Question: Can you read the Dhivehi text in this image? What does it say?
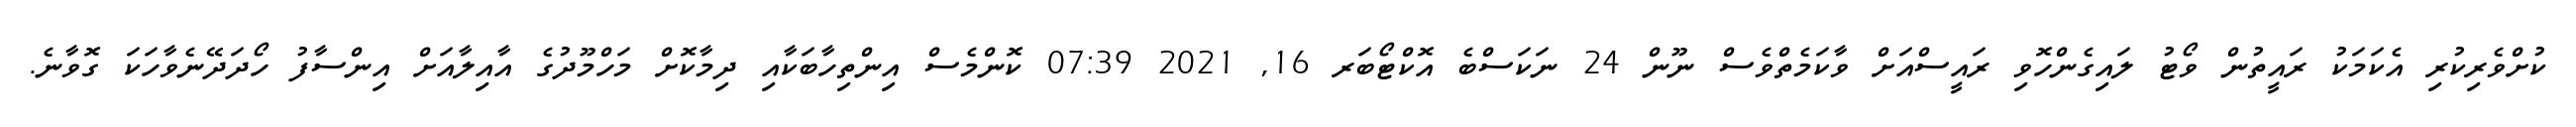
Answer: ކުށްވެރިކުރި އެކަމަކު ރައީތުން ވޯޓު ލައިގެންހޮވި ރައީސްއަށް ވާކަމެތްވެސް ނޫން 24 ނަކަސްބެ އޮކްޓޯބަރ 16, 2021 07:39 ކޮންމެސް އިންތިހާބަކާއި ދިމާކޮށް މަހްމޫދުގެ އާއިލާއަށް އިންސާފު ހޯދަދޭނެވާހަކަ ގޮވާނެ.